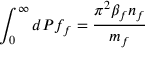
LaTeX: \int _ { 0 } ^ { \infty } d { \cal P } f _ { f } = \frac { \pi ^ { 2 } \beta _ { f } n _ { f } } { m _ { f } }